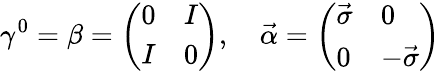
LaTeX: \gamma^{0}=\beta={\left(\begin{array}{ll}{0}&{I}\\ {I}&{0}\end{array}\right)},\quad{\vec{\alpha}}={\left(\begin{array}{ll}{{\vec{\sigma}}}&{0}\\ {0}&{-{\vec{\sigma}}}\end{array}\right)}